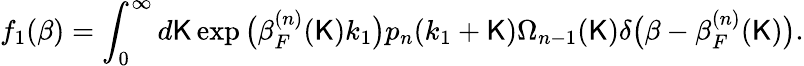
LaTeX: f_{1}(\beta)=\int_{0}^{\infty}d\mathsf{K}\exp\big(\beta_{F}^{(n)}(\mathsf{K})k_{1}\big)p_{n}(k_{1}+\mathsf{K})\Omega_{n-1}(\mathsf{K})\delta\big(\beta-\beta_{F}^{(n)}(\mathsf{K})\big).